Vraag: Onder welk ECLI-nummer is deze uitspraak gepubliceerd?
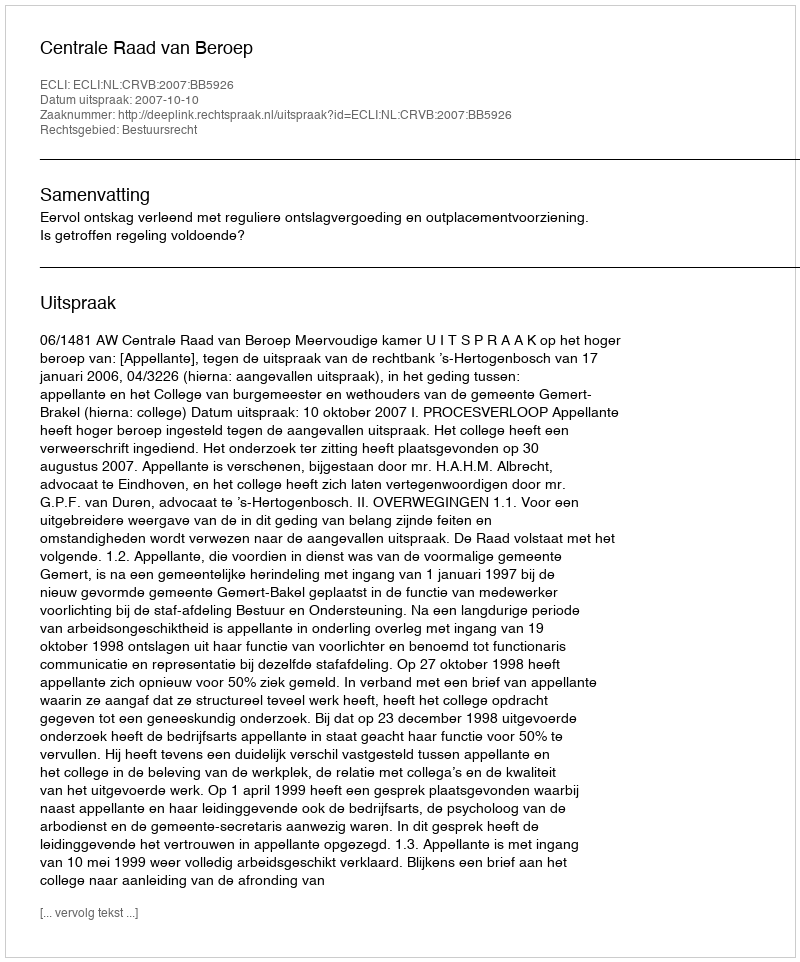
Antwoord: ECLI:NL:CRVB:2007:BB5926